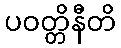
ပဝတ္တိနီတိ